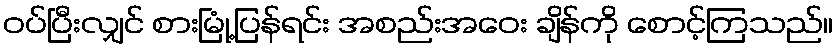
ဝပ်ပြီးလျှင် စားမြုံ့ပြန်ရင်း အစည်းအဝေး ချိန်ကို စောင့်ကြသည်။